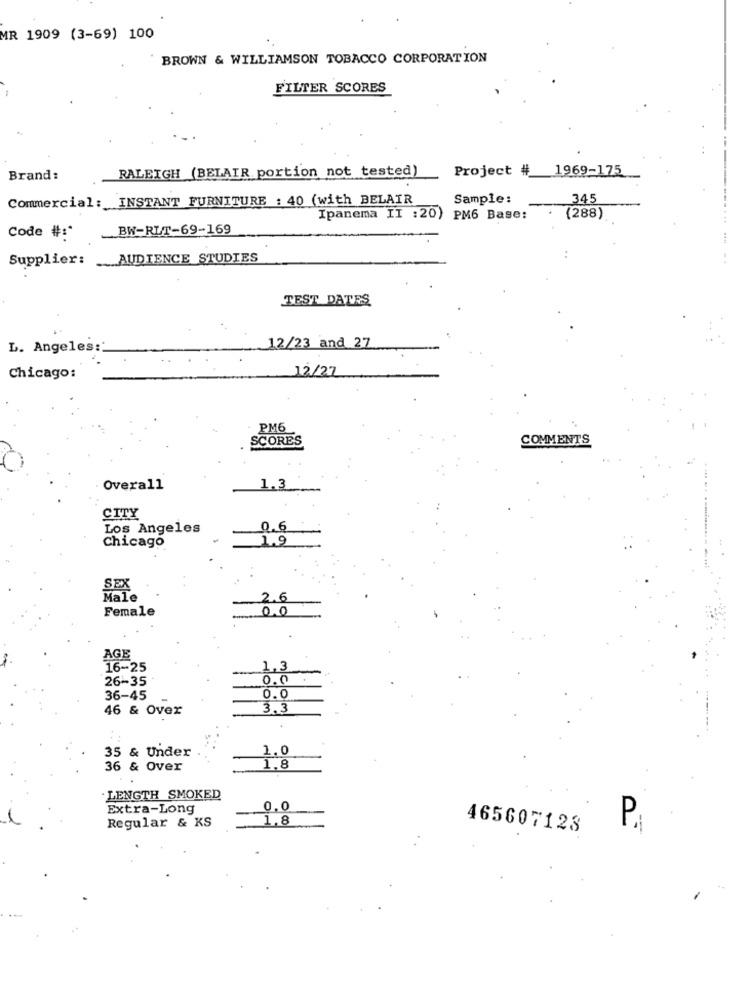
MR 1909 (3-69) 100
BROWN & WILLIAMSON TOBACCO CORPORATION
FILTER SCORES
Project # 1969-175
Brand:
RALEIGH (BELAIR portion not tested)
Commercial: INSTANT FURNITURE : 40 (with BELAIR
Sample:
345
Ipanema II :20) PM6 Base:
. (288)
BW-RLT-69-169
Code # :*
Supplier:
AUDIENCE STUDIES
TEST DATES
L. Angeles ::
12/23 and 27
12/27
Chicago:
PM6
SCORES
COMMENTS
Overall
1.3
CITY
Los Angeles
0.6
Chicago
1.9
SEX
Male
2.6
Female
0.0
AGE
16-25
1,3
26-35
0.0
36-45
0.0
46 & Over
3.3
35 & Under
1.0
36 & Over
1.8
. LENGTH SMOKED
Extra-Long
0.0
1,8
Regular & KS
465607123